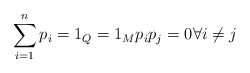
\begin{align*}\sum_{i=1}^n p_{i}=1_{Q}=1_{M} p_i p_j = 0 \forall i \neq j\end{align*}